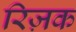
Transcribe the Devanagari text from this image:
रिज़क